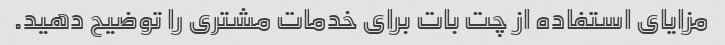
مزایای استفاده از چت بات برای خدمات مشتری را توضیح دهید.